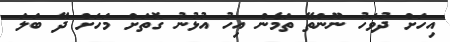
އިހަށް ދުވަހު ނޫންތޭ ތަމެން އިހު އުޅުނު ގޮތަށް މަހަށް ދޭ ބަލަ